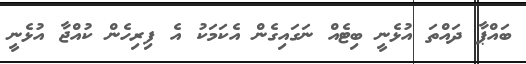
ބައްޕާ ދައްތަ އުޅެނީ ބިޓެއް ނަގައިގެން އެކަމަކު އެ ފިރިހެން ކުއްޖާ އުޅެނީ